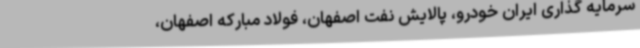
سرمایه گذاری ایران خودرو، پالایش نفت اصفهان، فولاد مبارکه اصفهان،